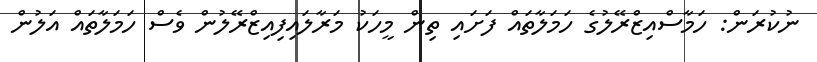
ނުކުރަން: ހަމާސްއިޒްރޭލުގެ ހަމަލާތައް ފަށައި ތިން މީހަކު މަރާލައިފިއިޒްރޭލުން ވެސް ހަމަލާތައް އަލުން